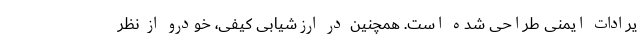
یرادات ایمنی طراحی شده است. همچنین در ارزشیابی کیفی، خودرو از نظر